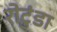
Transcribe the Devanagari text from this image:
रोटुंडा